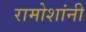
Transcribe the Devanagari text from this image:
रामोशांनी